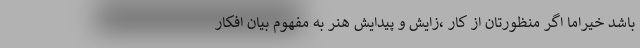
باشد خیراما اگر منظورتان از کار ،زایش و پیدایش هنر به مفهوم بیان افکار